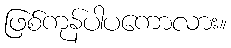
ဖြစ်ကုန်ပါပကောလား။